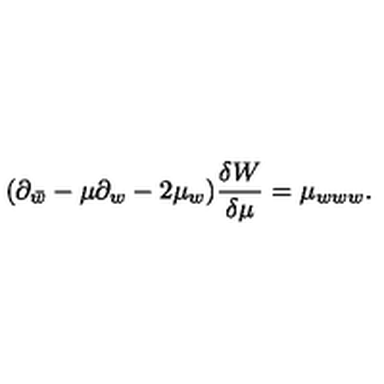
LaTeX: ( \partial _ { \bar { w } } - \mu \partial _ { w } - 2 \mu _ { w } ) { \frac { \delta W } { \delta \mu } } = \mu _ { w w w } .